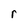
Character: r